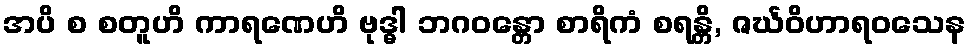
အပိ စ စတူဟိ ကာရဏေဟိ ဗုဒ္ဓါ ဘဂဝန္တော စာရိကံ စရန္တိ, ဇင်္ဃဝိဟာရဝသေန